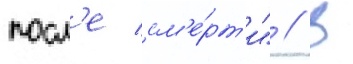
посл'е см'е́рт'и" // В